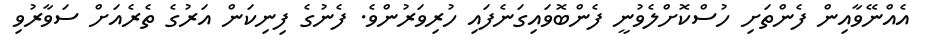
އެއްނޭވާއިން ފެންތަށި ހުސްކޮށްލެވުނީ ފެންބޮވައިގަނެފައި ހުރިވަރުންވެ. ފެނުގެ ފިނިކަން އަރުގެ ތެރެއަށް ސަވާރުވި